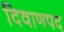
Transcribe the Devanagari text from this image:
दिवाणपद